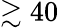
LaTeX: \gtrsim 40